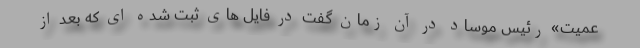
عمیت» رئیس موساد در آن زمان گفت در فایل‌ های ثبت شده‌ ای که بعد از